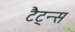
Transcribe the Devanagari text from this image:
टैट्न्स